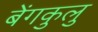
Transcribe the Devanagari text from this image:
बेंगकुलु